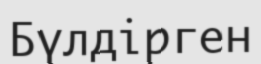
Бүлдірген